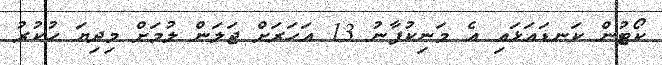
ކޯޓުން ކަނޑައަޅައި އެ މަނިކުފާނު 13 އަހަރަށް ޖަލަން ލުމަށް މިދިޔަ ހުކުރު